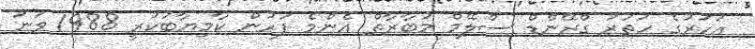
އަހަރުގެ ހަތަރު ގްރޭންޑް ސްލޭމް މުބާރާތް އެންމެ ފަހުން ކާމިޔާބުކުރީ 1988 ވަނަ